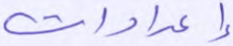
إعدادات